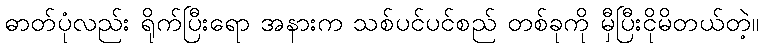
ဓာတ်ပုံလည်း ရိုက်ပြီးရော အနားက သစ်ပင်ပင်စည် တစ်ခုကို မှီပြီးငိုမိတယ်တဲ့။